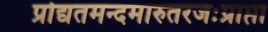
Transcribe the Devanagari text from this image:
प्रोद्यतमन्दमारुतरजःप्राप्ता